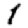
Digit: 1